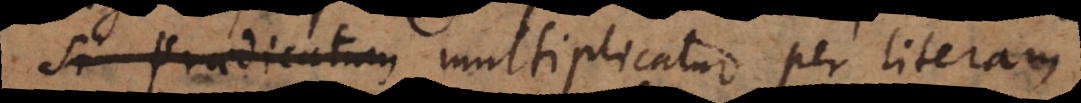
si subjectum multiplicatur per literam